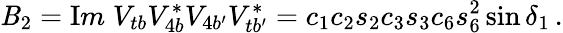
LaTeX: \mathit{B}_{2}={\mathrm{I}m}\; V_{tb}V_{4b}^{*}V_{4b^{\prime}}V_{tb^{\prime}}^{*}=c_{1}c_{2}s_{2}c_{3}s_{3}c_{6}s_{6}^{2}\sin\delta_{1}\, .